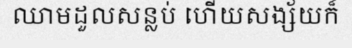
ឈាមដួលសន្លប់ ហើយសង្ស័យក៏